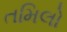
તમિલો